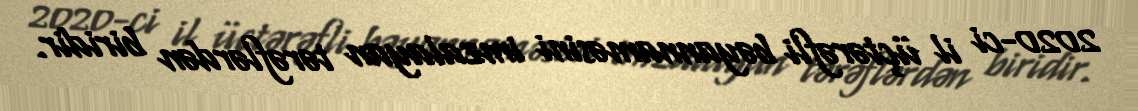
2020-ci il üçtərəfli bəyannaməsini imzalayan tərəflərdən biridir.